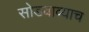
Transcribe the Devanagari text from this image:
सोडवाव्याच